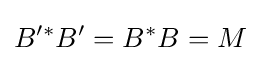
B'^{*}B'=B^{*}B=M